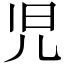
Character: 児